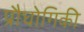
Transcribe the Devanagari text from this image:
प्रौघोगिकी